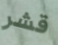
قشر